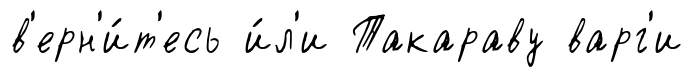
в'ерн'и́т'есь и́л'и Такараву варг'и